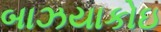
બાઝયાકોઇ